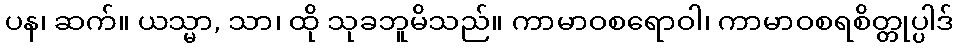
ပန၊ ဆက်။ ယသ္မာ, သာ၊ ထို သုခဘူမိသည်။ ကာမာဝစရောဝါ၊ ကာမာဝစရစိတ္တုပ္ပါဒ်